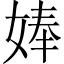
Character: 𡞗